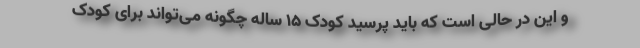
و این در حالی است که باید پرسید کودک ۱۵ ساله چگونه می‌تواند برای کودک